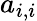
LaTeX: a_{i,i}